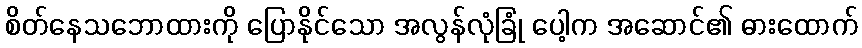
စိတ်နေသဘောထားကို ပြောနိုင်သော အလွန်လုံခြုံ ပေါ့က အဆောင်၏ ဓားထောက်